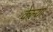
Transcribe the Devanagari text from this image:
केल्‍या